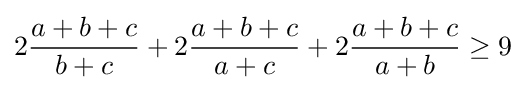
2{\frac {a+b+c}{b+c}}+2{\frac {a+b+c}{a+c}}+2{\frac {a+b+c}{a+b}}\geq 9